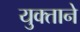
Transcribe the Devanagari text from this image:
युक्ताने